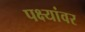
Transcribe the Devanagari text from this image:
पक्ष्यांवर